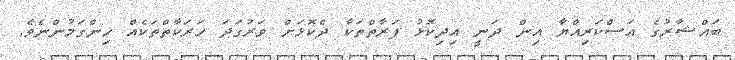
ބައްޝާރުގެ އަސްކަރިއްޔާ އިން ދަނީ އިދިކޮޅު ފަރާތްތަކާ ދެކޮޅަށް ވަރުގަދަ ހަރަކާތްތަކެއް ހިންގަމުންނެވެ.